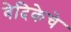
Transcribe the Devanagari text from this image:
वेदिकेचे